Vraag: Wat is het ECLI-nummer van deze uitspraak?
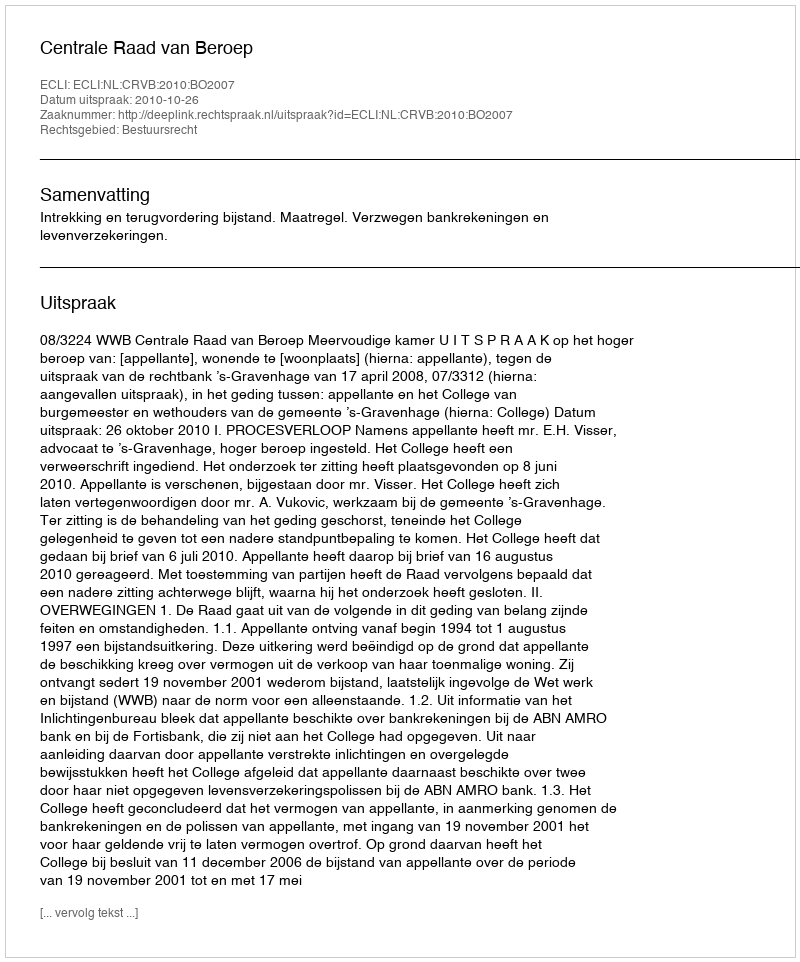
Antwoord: ECLI:NL:CRVB:2010:BO2007